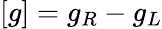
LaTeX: \left[g\right]=g_{R}-g_{L}